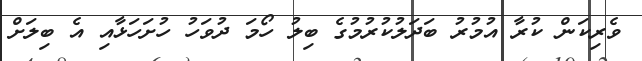
ވެރިކަން ކުރާ އުމުރު ބަދަލުކުރުމުގެ ބިލު ހޯމަ ދުވަހު ހުށަހަޅާއި އެ ބިލަށް